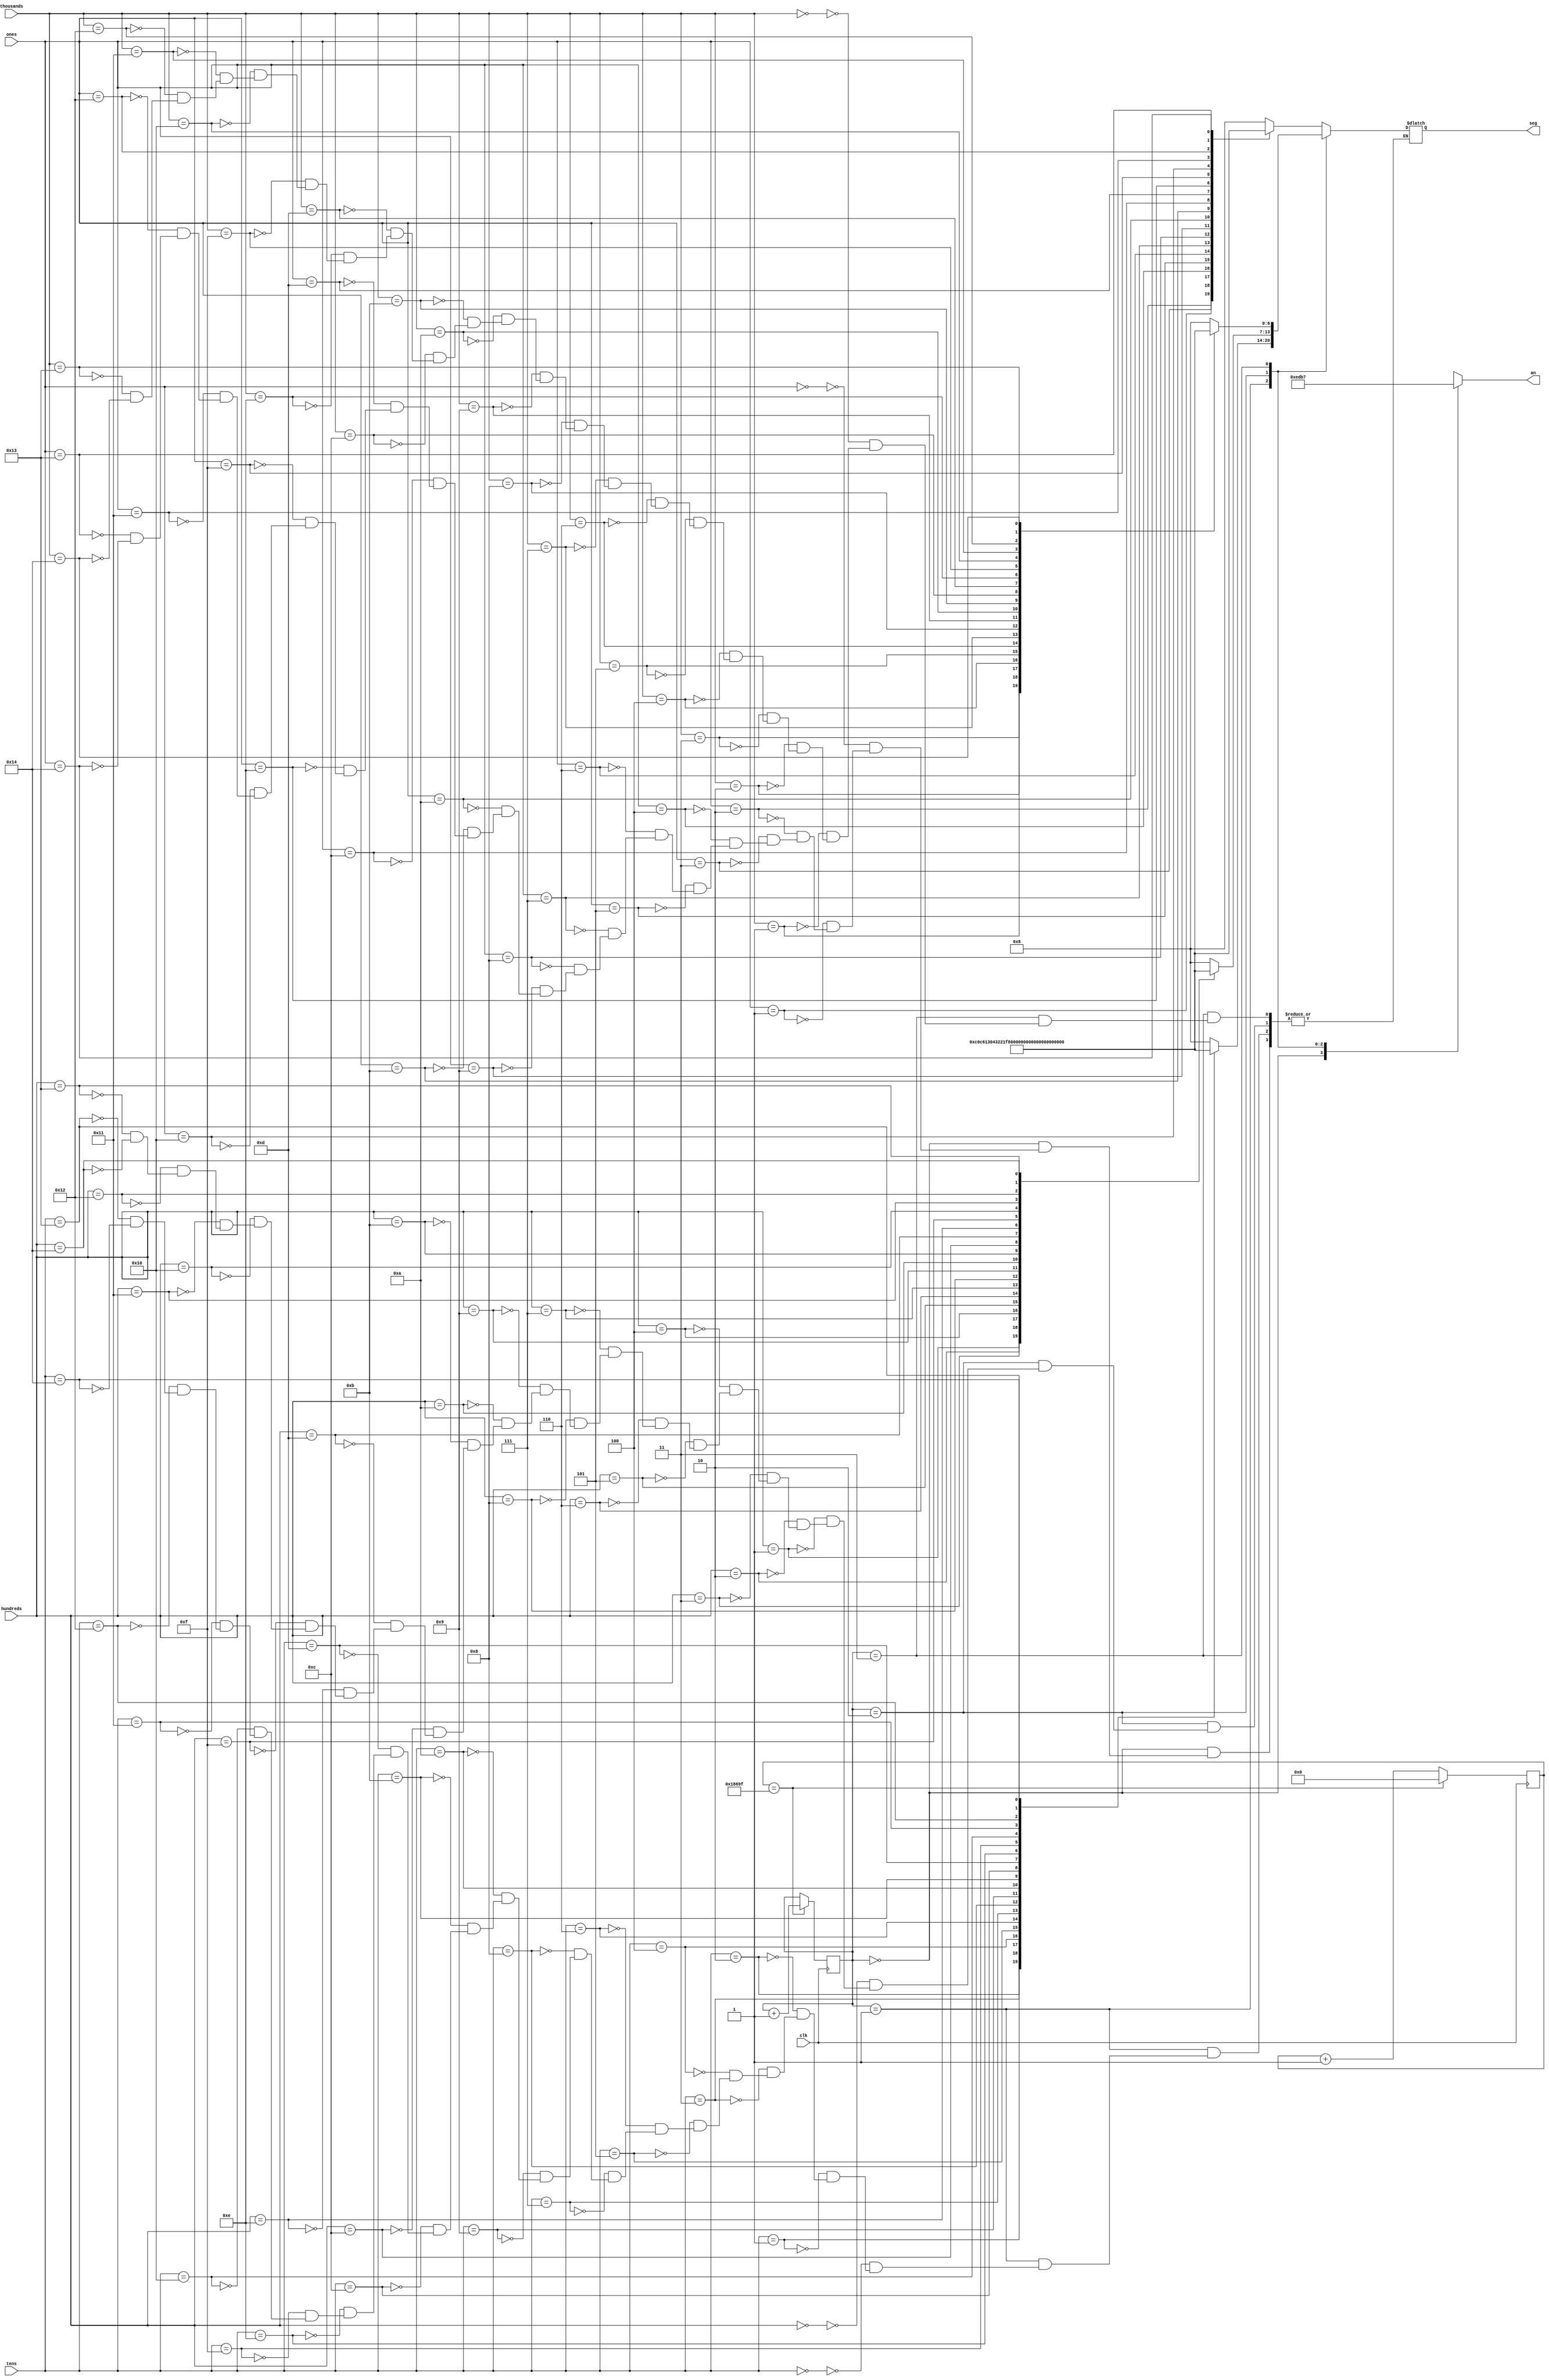
`timescale 1ns / 1ps
//////////////////////////////////////////////////////////////////////////////////
// Company: 
// Engineer: 
// 
// Design Name: 
// Module Name: SegmentDisplay
// Project Name: 
// Target Devices: 
// Tool Versions: 
// Description: 
// 
// Dependencies: 
// 
// Revision:
// Revision 0.01 - File Created
// Additional Comments:
// 
//////////////////////////////////////////////////////////////////////////////////


module SegmentDisplay(

    
    input clk,
    input [4:0] ones,
    input [4:0] tens,
    input [4:0] hundreds,
    input [4:0] thousands,
    
    output reg [0:6] seg,
    output reg [3:0] an    

    );
    
    reg [1:0] digit_select;     // 2 bit counter for selecting each of 4 digits
    reg [16:0] digit_timer;     // counter for digit refresh
    
    // Logic for controlling digit select and digit timer
    always @(posedge clk ) begin
        
                                            // 1ms x 4 displays = 4ms refresh period
            if(digit_timer == 99_999) begin         // The period of 100MHz clock is 10ns (1/100,000,000 seconds)
                digit_timer <= 0;                   // 10ns x 100,000 = 1ms
                digit_select <=  digit_select + 1;
            end
            else
                digit_timer <=  digit_timer + 1;
    end
    
    
    always @(digit_select) begin
        case(digit_select) 
            2'b00 : an = 4'b1110;   // Turn on ones digit
            2'b01 : an = 4'b1101;   // Turn on tens digit
            2'b10 : an = 4'b1011;   // Turn on hundreds digit
            2'b11 : an = 4'b0111;   // Turn on thousands digit
        endcase
    end
    
    
    
        parameter A = 7'b0001000;//A
        parameter B  = 7'b1100000;//B
        parameter C = 7'b0110001;//C
        parameter D = 7'b1000010;//D
        parameter E = 7'b0110000;//E
                
        parameter G = 7'b0100001;//G
        parameter H = 7'b1001000;//H
        parameter J = 7'b1000011;//J
        parameter I = 7'b1111001;//I
        parameter L = 7'b1110001;//L
       
        parameter M = 7'b0101011;//M
        parameter N = 7'b1101010;//N
        parameter O = 7'b0000001;//O
        parameter P = 7'b0011000;//P
        parameter R = 7'b0011001;//R
       
        parameter S = 7'b0100100;//S
        parameter T = 7'b1110000;//T
        parameter U = 7'b1000001;//U
        parameter Y = 7'b1000100;//Y
        parameter SPACE = 7'b1111111;//Empty 'Bosluk'
        parameter PASS = 7'b1111110;//pass
    
    
    
    
    
    
    
    always @*
        case(digit_select)
            2'b00 : begin       // ONES DIGIT
                        case(ones)
                            5'd0 : seg = A;
                            5'd1 : seg = B;
                            5'd2 : seg = C;
                            5'd3 : seg = D;
                            5'd4 : seg = E;
                            5'd5 : seg = G;
                            5'd6 : seg = H;
                            5'd7 : seg = J;
                            5'd8 : seg = I;
                            5'd9 : seg = L;
                            
                            5'd10 : seg = M;
                            5'd11 : seg = N;
                            5'd12 : seg = O;
                            5'd13 : seg = P;
                            5'd14 : seg = R;
                            5'd15 : seg = S;
                            5'd16 : seg = T;
                            5'd17 : seg = U;
                            5'd18 : seg = Y;
                            5'd19 : seg = SPACE;
                            5'd20 : seg = PASS;
                        endcase
                    end
                    
            2'b01 : begin       // TENS DIGIT
                        case(tens)
                            5'd0 : seg = A;
                            5'd1 : seg = B;
                            5'd2 : seg = C;
                            5'd3 : seg = D;
                            5'd4 : seg = E;
                            5'd5 : seg = G;
                            5'd6 : seg = H;
                            5'd7 : seg = J;
                            5'd8 : seg = I;
                            5'd9 : seg = L;
                            
                            5'd10 : seg = M;
                            5'd11 : seg = N;
                            5'd12 : seg = O;
                            5'd13 : seg = P;
                            5'd14 : seg = R;
                            5'd15 : seg = S;
                            5'd16 : seg = T;
                            5'd17 : seg = U;
                            5'd18 : seg = Y;
                            5'd19 : seg = SPACE;
                            5'd20 : seg = PASS;
                        endcase
                    end
                    
            2'b10 : begin       // HUNDREDS DIGIT
                        case(hundreds)
                            5'd0 : seg = A;
                            5'd1 : seg = B;
                            5'd2 : seg = C;
                            5'd3 : seg = D;
                            5'd4 : seg = E;
                            5'd5 : seg = G;
                            5'd6 : seg = H;
                            5'd7 : seg = J;
                            5'd8 : seg = I;
                            5'd9 : seg = L;
                            
                            5'd10 : seg = M;
                            5'd11 : seg = N;
                            5'd12 : seg = O;
                            5'd13 : seg = P;
                            5'd14 : seg = R;
                            5'd15 : seg = S;
                            5'd16 : seg = T;
                            5'd17 : seg = U;
                            5'd18 : seg = Y;
                            5'd19 : seg = SPACE;
                            5'd20 : seg = PASS;
                        endcase
                    end
                    
            2'b11 : begin       // MINUTES ONES DIGIT
                        case(thousands)
                            5'd0 : seg = A;
                            5'd1 : seg = B;
                            5'd2 : seg = C;
                            5'd3 : seg = D;
                            5'd4 : seg = E;
                            5'd5 : seg = G;
                            5'd6 : seg = H;
                            5'd7 : seg = J;
                            5'd8 : seg = I;
                            5'd9 : seg = L;
                            
                            5'd10 : seg = M;
                            5'd11 : seg = N;
                            5'd12 : seg = O;
                            5'd13 : seg = P;
                            5'd14 : seg = R;
                            5'd15 : seg = S;
                            5'd16 : seg = T;
                            5'd17 : seg = U;
                            5'd18 : seg = Y;
                            5'd19 : seg = SPACE;
                            5'd20 : seg = PASS;
                        endcase
                    end
        endcase

    
    
        
    
    
endmodule